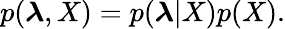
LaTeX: p(\boldsymbol{\lambda},X)=p(\boldsymbol{\lambda}|X)p(X).